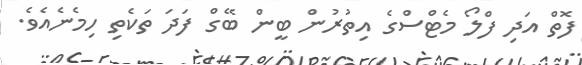
ފޮތް އަދި ފްލޯ މެޓްސްގެ އިތުރުން ބީން ބޭގް ފަދަ ތަކެތި ހިމެނެއެވެ.